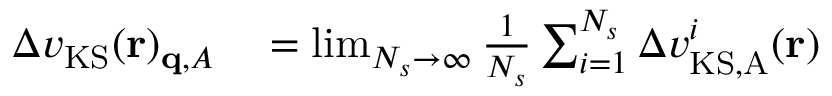
\begin{array} { r l } { \Delta v _ { \mathrm { K S } } ( \mathbf { r } ) _ { \mathbf { q } , A } } & { { } = \operatorname* { l i m } _ { N _ { s } \to \infty } \frac { 1 } { N _ { s } } \sum _ { i = 1 } ^ { N _ { s } } \Delta v _ { \mathrm { K S , A } } ^ { i } ( \mathbf { r } ) } \end{array}